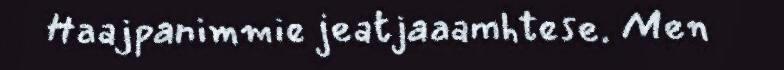
Haajpanimmie jeatjaaamhtese. Men